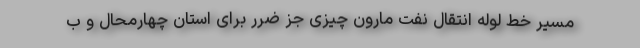
مسیر خط لوله انتقال نفت مارون چیزی جز ضرر برای استان چهارمحال و ب